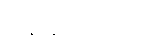
အနာနာကထိကော